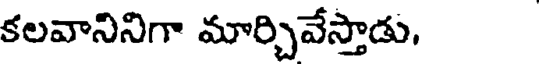
కలవానినిగా మార్చివేస్తాడు,